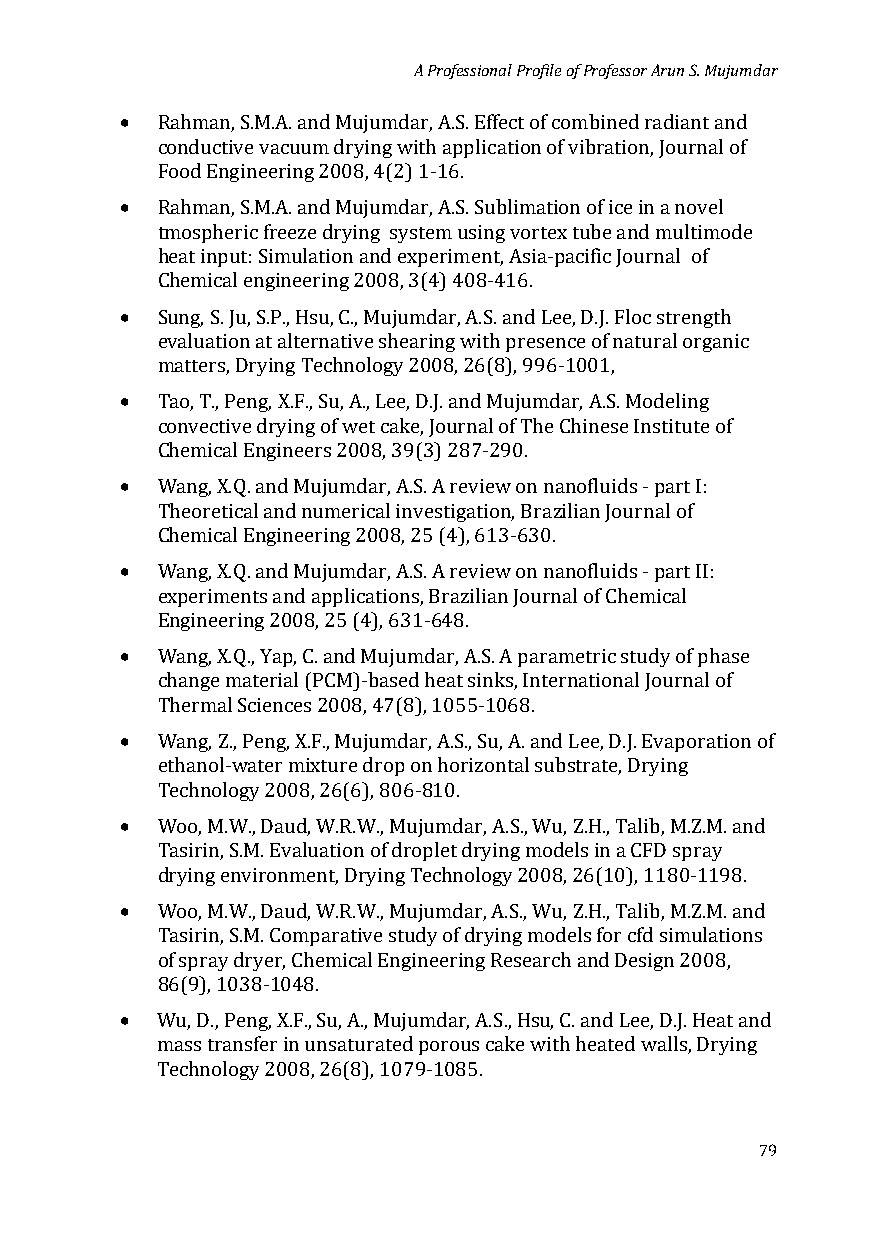
A Professional Profile of Professor Arun S. Mujumdar
 •
 Rahman, S.M.A. and Mujumdar, A.S. Effect of combined radiant and
 conductive vacuum drying with application of vibration, Journal of
 •
 Food Engineering 2008, 4(2) 1-16.
 Rahman, S.M.A. and Mujumdar, A.S. Sublimation of ice in a novel
 tmospheric freeze drying system using vortex tube and multimode
 heat input: Simulation and experiment, Asia-pacific Journal of
 •
 Chemical engineering 2008, 3(4) 408-416.
 Sung, S. Ju, S.P., Hsu, C., Mujumdar, A.S. and Lee, D.J. Floc strength
 evaluation at alternative shearing with presence of natural organic
 •
 matters, Drying Technology 2008, 26(8), 996-1001,
 Tao, T., Peng, X.F., Su, A., Lee, D.J. and Mujumdar, A.S. Modeling
 convective drying of wet cake, Journal of The Chinese Institute of
 •
 Chemical Engineers 2008, 39(3) 287-290.
 Wang, X.Q. and Mujumdar, A.S. A review on nanofluids - part I:
 Theoretical and numerical investigation, Brazilian Journal of
 •
 Chemical Engineering 2008, 25 (4), 613-630.
 Wang, X.Q. and Mujumdar, A.S. A review on nanofluids - part II:
 experiments and applications, Brazilian Journal of Chemical
 •
 Engineering 2008, 25 (4), 631-648.
 Wang, X.Q., Yap, C. and Mujumdar, A.S. A parametric study of phase
 change material (PCM)-based heat sinks, International Journal of
 •
 Thermal Sciences 2008, 47(8), 1055-1068.
 Wang, Z., Peng, X.F., Mujumdar, A.S., Su, A. and Lee, D.J. Evaporation of
 ethanol-water mixture drop on horizontal substrate, Drying
 •
 Technology 2008, 26(6), 806-810.
 Woo, M.W., Daud, W.R.W., Mujumdar, A.S., Wu, Z.H., Talib, M.Z.M. and
 Tasirin, S.M. Evaluation of droplet drying models in a CFD spray
 •
 drying environment, Drying Technology 2008, 26(10), 1180-1198.
 Woo, M.W., Daud, W.R.W., Mujumdar, A.S., Wu, Z.H., Talib, M.Z.M. and
 Tasirin, S.M. Comparative study of drying models for cfd simulations
 of spray dryer, Chemical Engineering Research and Design 2008,
 •
 86(9), 1038-1048.
 Wu, D., Peng, X.F., Su, A., Mujumdar, A.S., Hsu, C. and Lee, D.J. Heat and
 mass transfer in unsaturated porous cake with heated walls, Drying
 Technology 2008, 26(8), 1079-1085.
 79